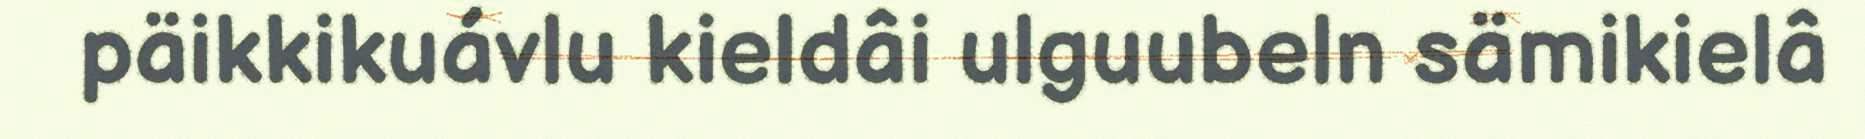
päikkikuávlu kieldâi ulguubeln sämikielâ